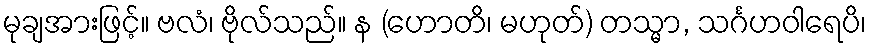
မုချအားဖြင့်။ ဗလံ၊ ဗိုလ်သည်။ န (ဟောတိ၊ မဟုတ်) တသ္မာ, သင်္ဂဟဝါရေပိ၊